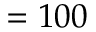
= 1 0 0